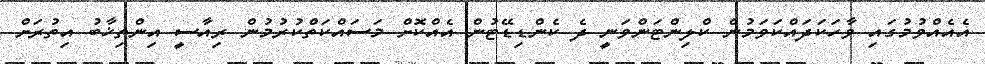
އެއެއްވުމުގައި ވާހަކަދައްކަވަމުން ކްލިންޓަންވަނީ ދެ ކެންޑިޑޭޓުން އެއްކޮށް މަސައްކަތްކުރުމުން ރިއާސީ އިންތިޚާބު އިތުރަށް